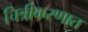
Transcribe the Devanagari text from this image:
चित्रीकरणात